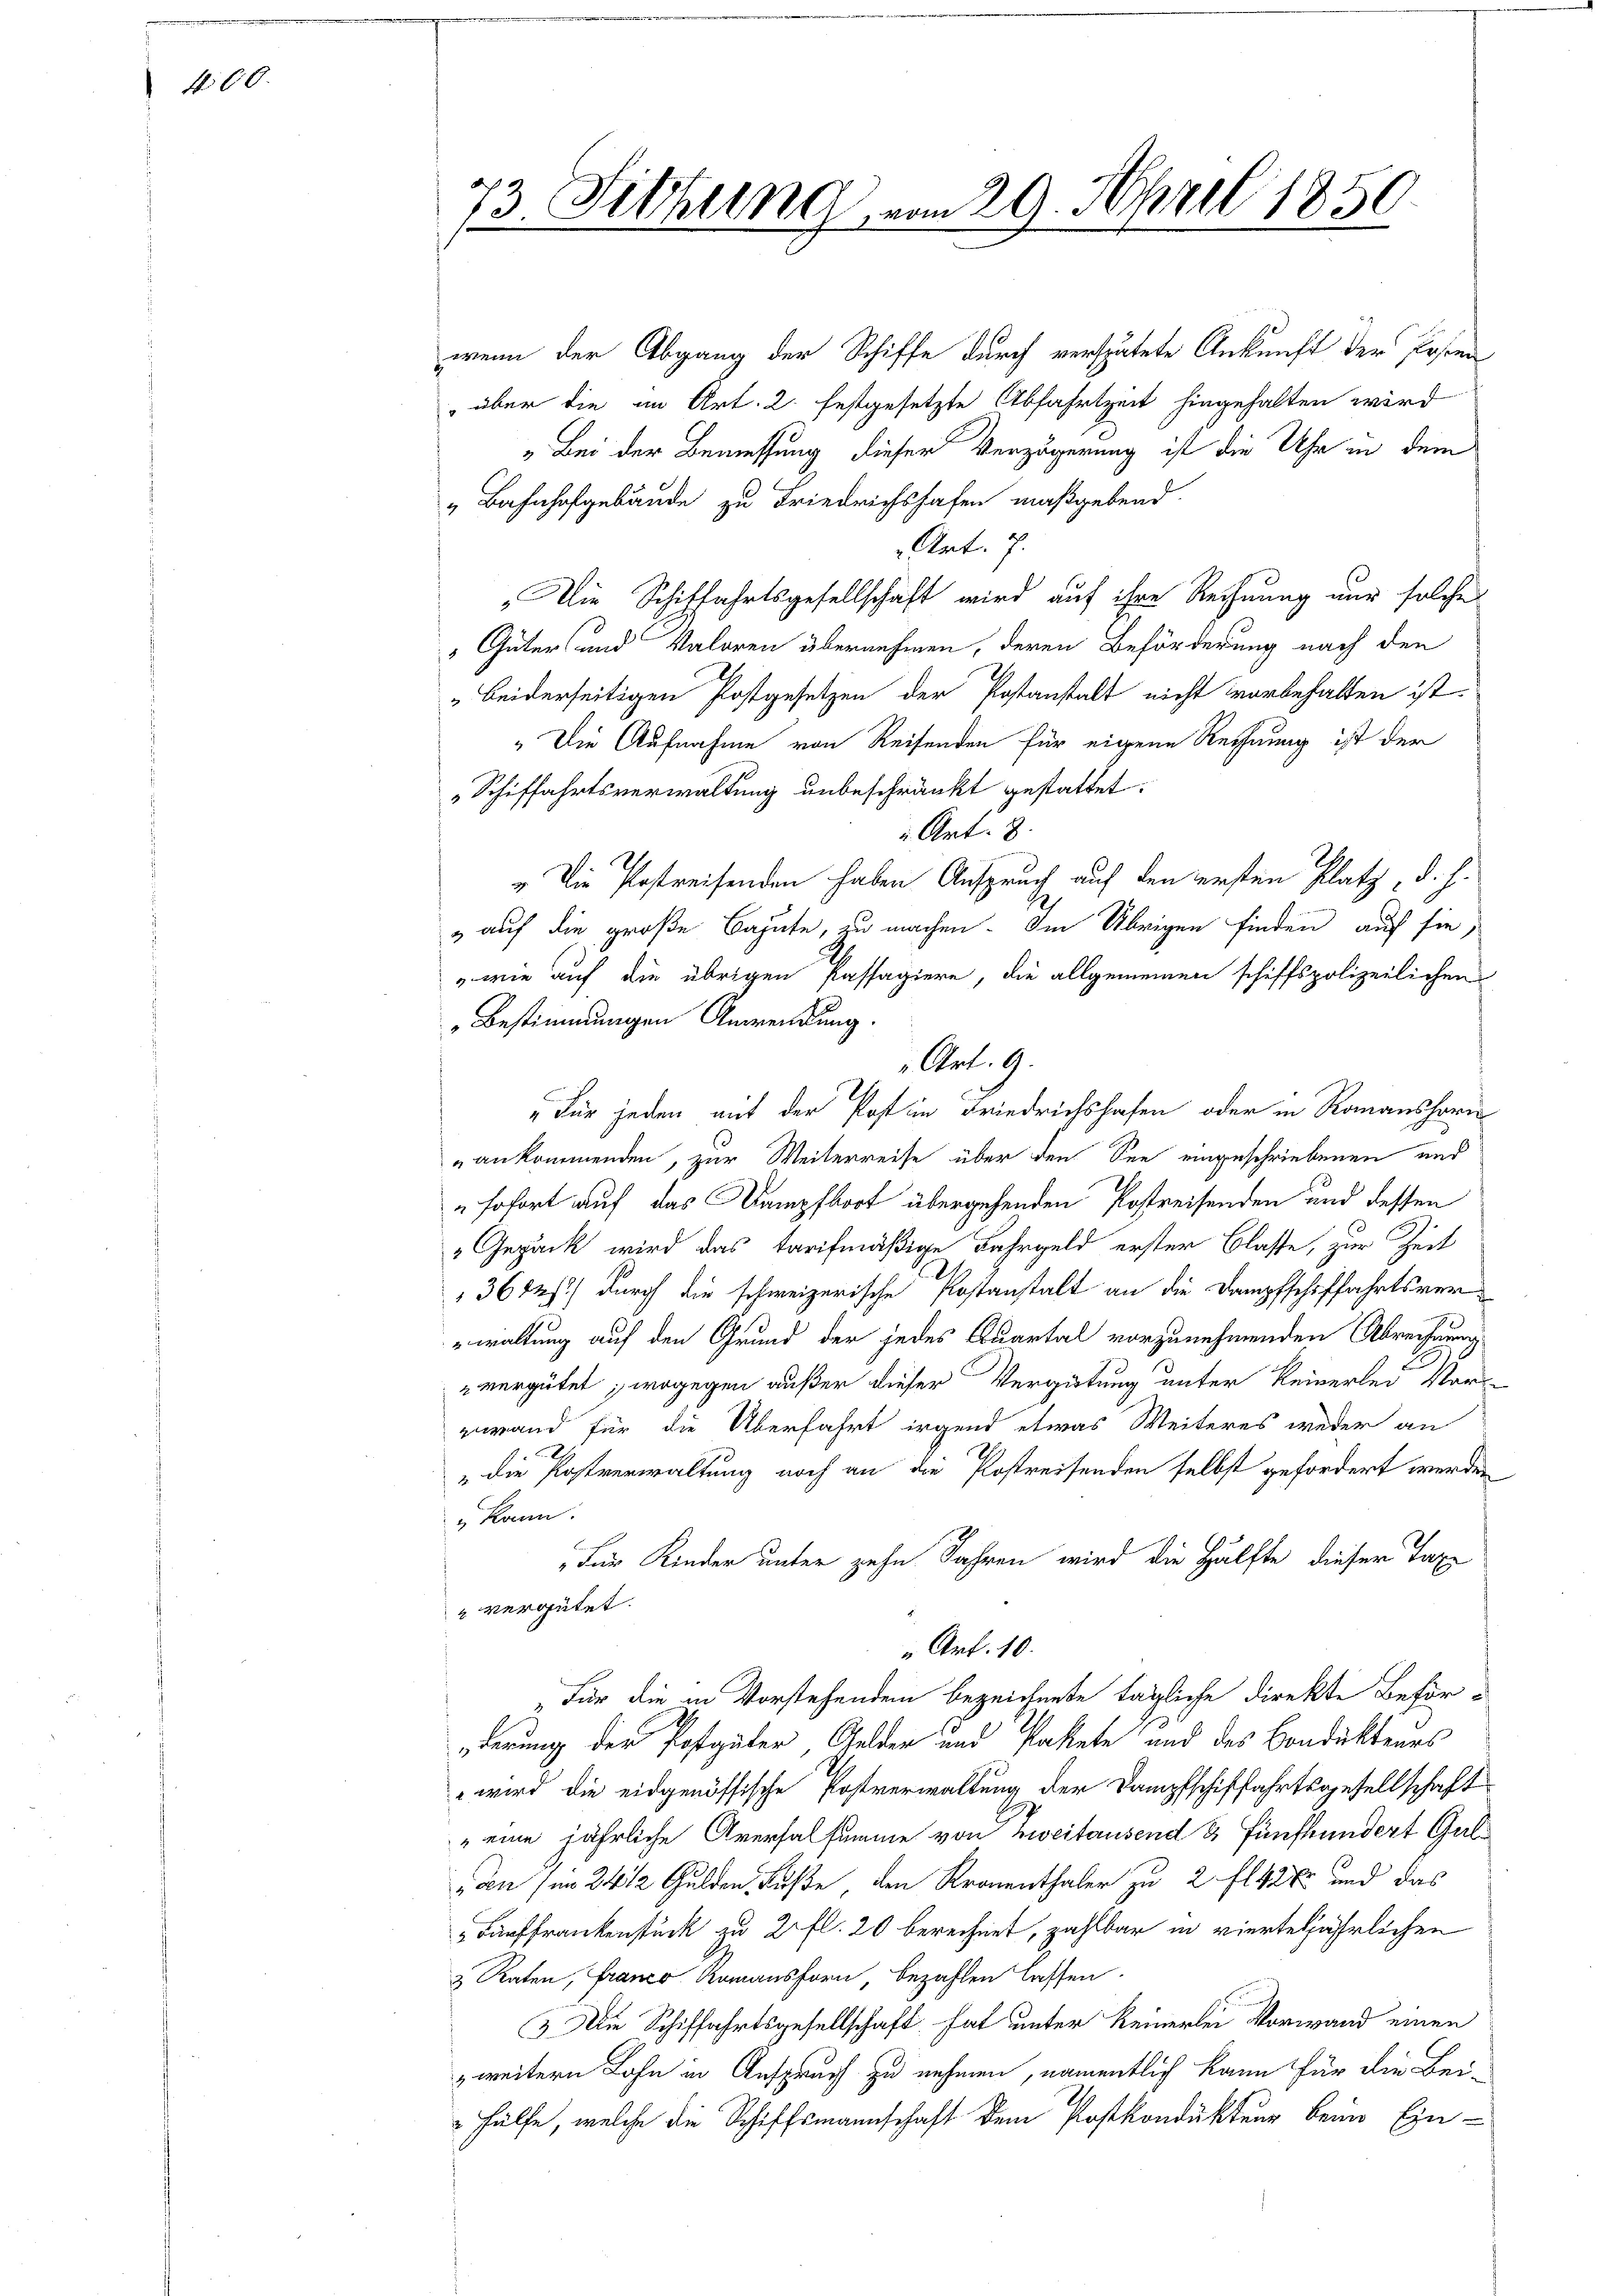
100.

73. Fittung vom 29. April 1850.

wenn der Abgang der Schiffe durch verspätete Ankunft der Posten
 über die in Art. 2. festgesetzte Abfahrtzeit hingehalten wird
„Bei der Bemessung dieser Verzögerung ist die Uhr in dem
„ Bahnhofgebäude zu Friedrichshofen maßgebend
Art. 7.
„Die Schiffahrtsgesellschaft wird auf ihre Rechnung nur solche
" Güter und Valoren übernehmen, deren Beförderung nach den
" beiderseitigen Postgesetzen der Postanstalt nicht vorbehalten ist.
„Die Aufnahme von Reisenden für eigene Rechnung ist der
Schiffahrtsverwaltung unbeschränkt gestattet.
 Art. 8
„Die Postreifenden haben Anspruch auf den ersten Platz, d. h.
" auf die große Bahnte, zu machen. Im Übrigen finden auf sie
,wie auf die übrigen Passagiere, die allgemeinen schiffspolizeilichen
Bestimmungen Anwendung.
"Für jeden mit der Post in Friedrichshofen oder in Romanshorn
ankommenden, zur Weiterreise über den See eingeschriebenen und
„sofort auf das Kampfboot übergehenden Postreisenden und dessen
Gepäck wird das tarifmäßige Fahrgeld erster Blaste, zur Zeit
36tes) durch die schweizerische Postanstalt an die Dampfschiffahrtsverwaltung auf den Grund der jedes Quartal vorzunehmenden Abrechnung
vergütet; wogegen außer dieser Vergütung unter keinerlei Vor-
rwand für die Überfahrt irgend etwas Weiteres weder an
" die Postverwaltung noch an die Postreisenden selbst gefordert werden
u kann.
Für Kinder unter zehn Jahren wird die Hälfte dieser Taxe
" vergütet.
“ Art. 10.
„Für die in Vorstehenden bezeichnete tägliche direkte Beför-
derung der Postguter Gelder und Pakete und des Condukteurs
wird die eidgenössische Postverwaltung der Dampfschiffahrtsgesellschaft
" eine jährliche Aversalsumme von Zweitausend & fünfhundert Gulden son 24 12 Gulden Fuße, den Kronenthaler zu 2 fl 42 und das
Kauffrankenstück zu 2 fl. 20 berechnet, zahlbar in vierteljährlichen
& Raten, Franco Komanshorn, bezahlen lassen.
3. Die Schiffahrtsgesellschaft hat unter keinerlei Vorwand einen
weitern Lohn in Anspruch zu nehmen, namentlich kann für die Bei-
 Hülfe, welche die Schiffsmannschaft dem Postkondukteur beim Ein¬

Art. 9.